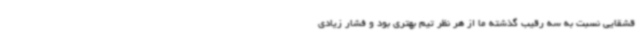
قشقایی نسبت به سه رقیب گذشته ما از هر نظر تیم بهتری بود و فشار زیادی